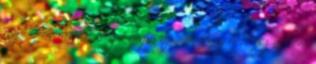
régi generáció? Régi vagy új, mindegy is, hisz nekem